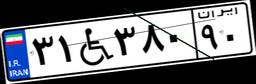
۲۸W۳۱۶۳۰